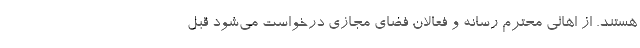
هستند. از اهالی محترم رسانه و فعالان فضای مجازی درخواست می‌شود قبل